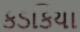
કડકિયા